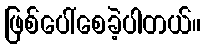
ဖြစ်ပေါ်စေခဲ့ပါတယ်။